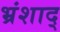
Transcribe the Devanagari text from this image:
भ्रंशाद्